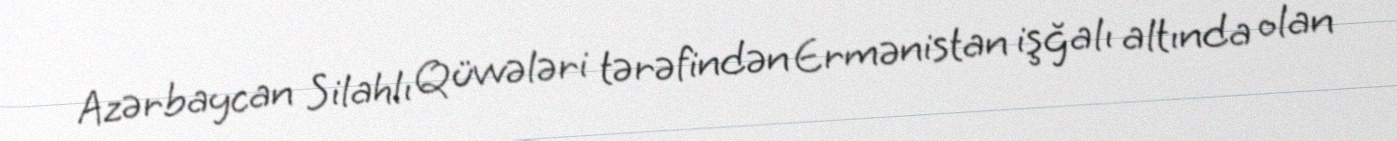
Azərbaycan Silahlı Qüvvələri tərəfindən Ermənistan işğalı altında olan